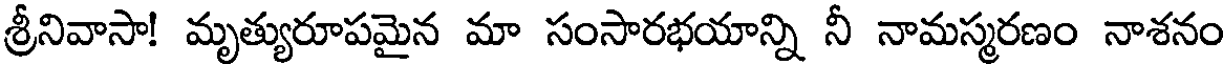
శ్రీనివాసా! మృత్యురూపమైన మా సంసారభయాన్ని నీ నామస్మరణం నాశనం